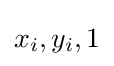
x_{i},y_{i},1